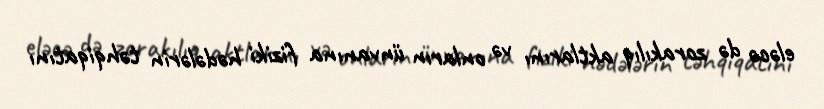
eləcə də zorakılıq aktlarını və onların ünvanına fiziki hədələrin təhqiqatını